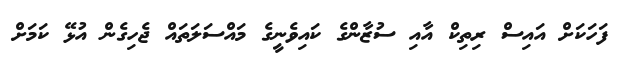
ފަހަކަށް އައިސް ރިތިކް އާއި ސުޒާންގެ ކައިވެނީގެ މައްސަލަތައް ޖެހިގެން އުޅޭ ކަމަށް